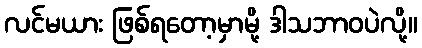
လင်မယား ဖြစ်ရတော့မှာမို့ ဒါသဘာဝပဲလို့။